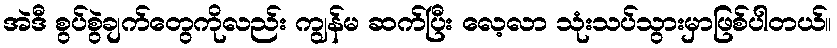
အဲဒီ စွပ်စွဲချက်တွေကိုလည်း ကျွန်မ ဆက်ပြီး လေ့လာ သုံးသပ်သွားမှာဖြစ်ပါတယ်။